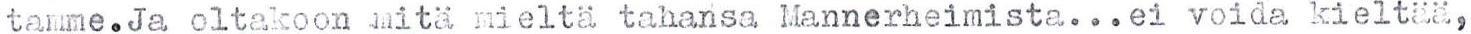
tamme.Ja oltakoon mitä mieltä tahansa Mannerheimista...ei voida kieltää,